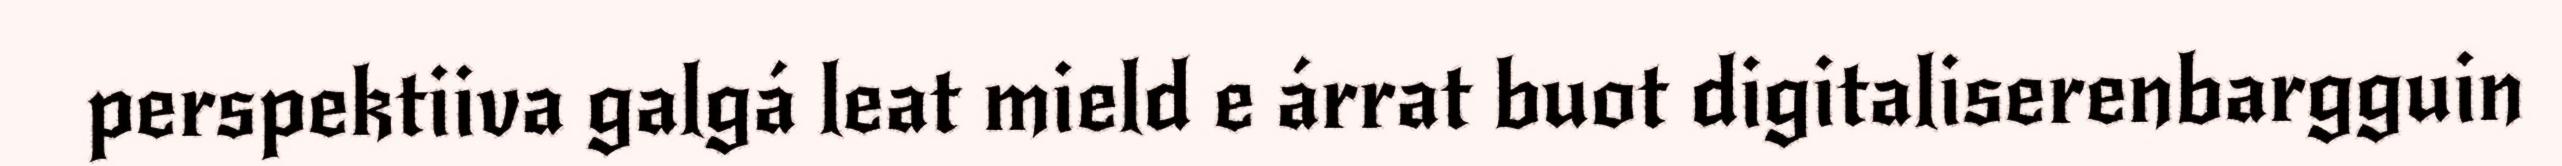
perspektiiva galgá leat mield e árrat buot digitaliserenbargguin